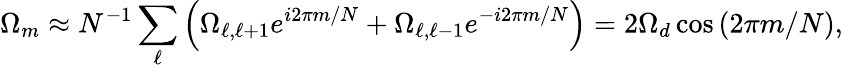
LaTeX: \Omega_{m}\approx N^{-1}\sum_{\ell}\left(\Omega_{\ell,\ell+1}e^{i2\pi m/N}+\Omega_{\ell,\ell-1}e^{-i2\pi m/N}\right)=2\Omega_{d}\cos\left(2\pi m/N\right),